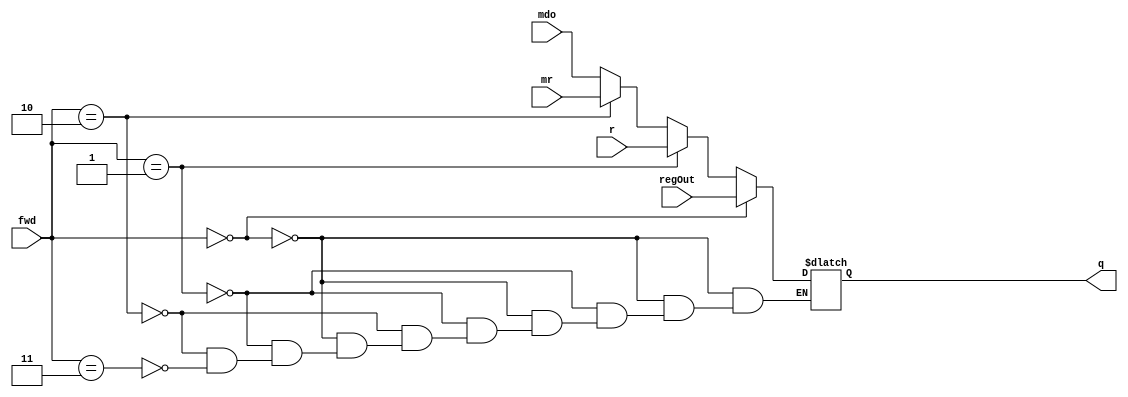
`timescale 1ns / 1ps
//////////////////////////////////////////////////////////////////////////////////
// Company: 
// Engineer: 
// 
// Design Name: 
// Module Name: ForwardingMux
// Project Name: 
// Target Devices: 
// Tool Versions: 
// Description: 
// 
// Dependencies: 
// 
// Revision:
// Revision 0.01 - File Created
// Additional Comments:
// 
//////////////////////////////////////////////////////////////////////////////////


module ForwardingMux(
input [31:0] regOut ,
input [31:0] r ,
input [31:0] mr ,
input [31:0] mdo ,
input [1:0] fwd ,
output reg[31:0] q
    );
    always @(*)
    begin
        if(fwd == 0)
            begin
                q = regOut;
            end
        else if(fwd == 1)
            begin
               q = r;
            end
        else if(fwd == 2)
            begin
                q = mr;
            end
       else if(fwd == 3)
            begin
                q = mdo;
             end
    end
endmodule